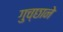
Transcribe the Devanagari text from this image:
गुच्छाने